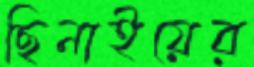
ছিনাইয়ের